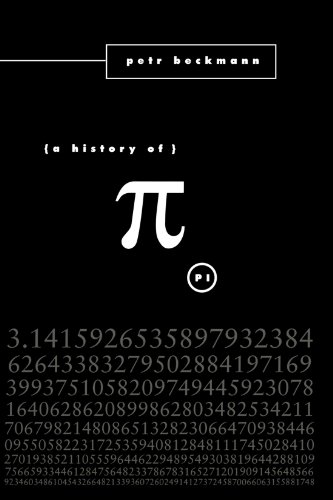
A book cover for A History of Pi; Petr Beckmann; Science & Math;